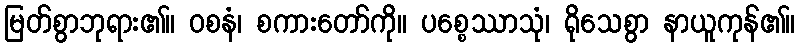
မြတ်စွာဘုရား၏။ ဝစနံ၊ စကားတော်ကို။ ပစ္စေဿာသုံ၊ ရိုသေစွာ နာယူကုန်၏။